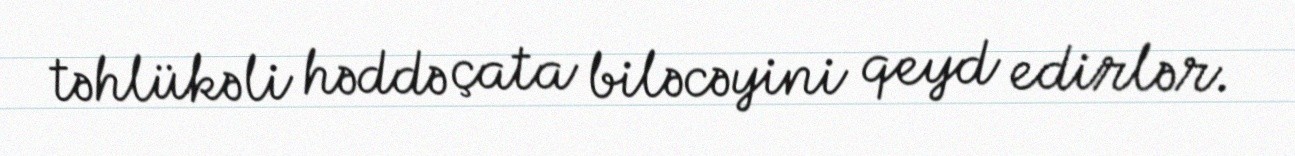
təhlükəli həddə çata biləcəyini qeyd edirlər.